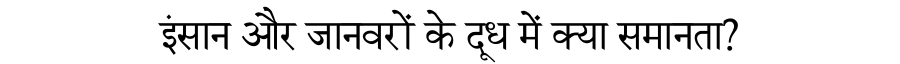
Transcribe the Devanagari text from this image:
इंसान और जानवरों के दूध में क्या समानता?